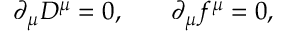
\partial _ { \mu } D ^ { \mu } = 0 , \, \, \, \, \, \, \, \, \, \, \, \partial _ { \mu } f ^ { \mu } = 0 ,